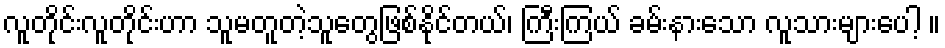
လူတိုင်းလူတိုင်းဟာ သူမတူတဲ့သူတွေဖြစ်နိုင်တယ်၊ ကြီးကြယ် ခမ်းနားသော လူသားများပေါ့ ။